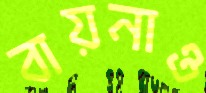
বায়নাও